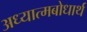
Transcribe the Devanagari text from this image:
अध्यात्मबोधार्थ